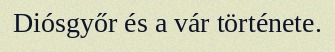
Diósgyőr és a vár története.